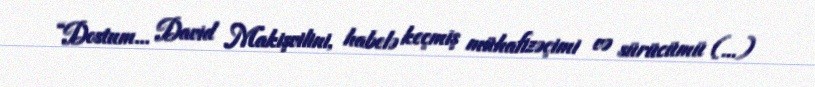
“Dostum... David Makişvilini, habelə keçmiş mühafizəçimi və sürücümü (...)